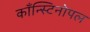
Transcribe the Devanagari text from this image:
काँन्स्टिनोपल